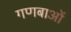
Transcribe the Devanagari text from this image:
गणबाओं